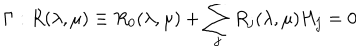
\Gamma : R ( \lambda , \mu ) \equiv R _ { 0 } ( \lambda , \mu ) + \sum _ { j } R _ { j } ( \lambda , \mu ) H _ { j } = 0